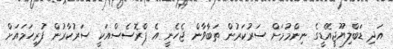
އަދި ޑަބްލިޔޫޖީއޭޑީގެ ނިންމުމަށް ސަރުކަރުން ތަބާވާން ޖެހެނީ އެ ޕްރޮސެސްއަކީ ސަރުކާރުން ފުރިހަމައަށް